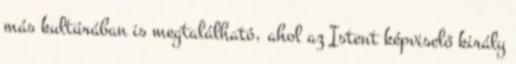
más kultúrában is megtalálható, ahol az Istent képviselő király